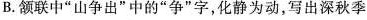
B.颔联中”山争出”中的”争”字，化静为动，写出深秋季